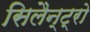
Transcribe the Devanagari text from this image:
सिलैन्ट्रो